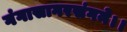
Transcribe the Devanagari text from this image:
गंगासागरसंगमे।।